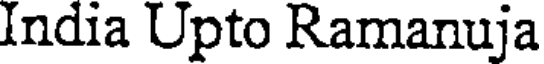
India Upto Ramanuja